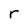
Character: r